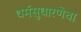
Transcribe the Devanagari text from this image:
धर्मसुधारणेचा